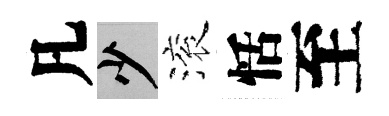
凡少滚恬至